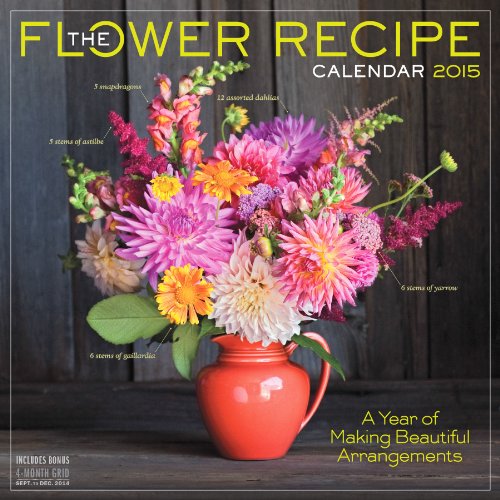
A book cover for The Flower Recipe 2015 Calendar; Alethea Harampolis; Calendars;